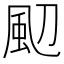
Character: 䫸